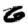
Digit: 6